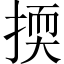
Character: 㨎